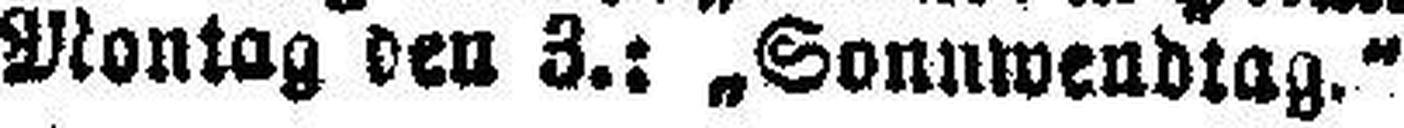
Montag den 3.: „Sonnwendtag."